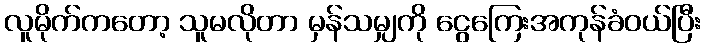
လူမိုက်ကတော့ သူမလိုတာ မှန်သမျှကို ငွေကြေးအကုန်ခံဝယ်ပြီး